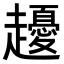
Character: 𧾤